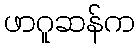
ဖာဂူဆန်က